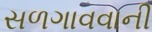
સળગાવવાની